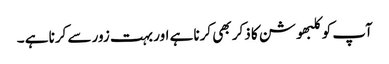
آپ کو کلبھوشن کا ذکر بھی کرنا ہے اور بہت زور سے کرنا ہے ۔